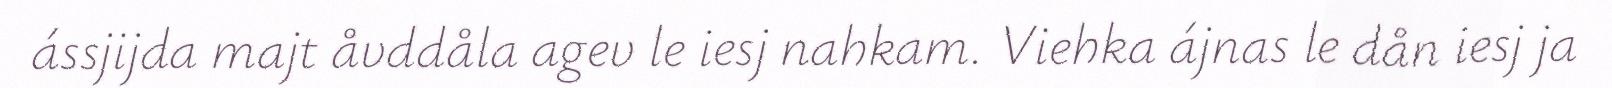
ássjijda majt åvddåla agev le iesj nahkam. Viehka ájnas le dån iesj ja